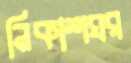
নিকাশঘর